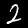
Label: 2